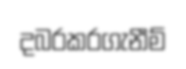
දබරකරගැනීම්